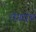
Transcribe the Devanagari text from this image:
रोगरोध